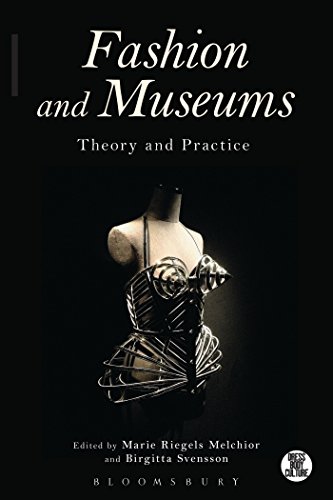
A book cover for Fashion and Museums: Theory and Practice (Dress, Body, Culture); Politics & Social Sciences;